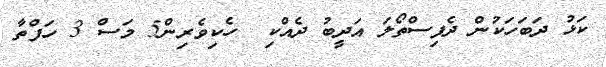
ކަޅު ދަބަހަކުން ދެފިސްތޯލަ އަދީބު ދެއްކި  ހެކިވެރިން5 މަސް 3 ހަފްތާ